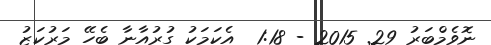
ނޮވެމްބަރު 29